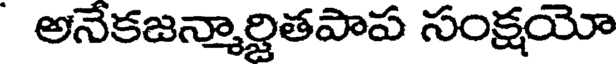
అనేకజన్మార్జితపాప సంక్షయో